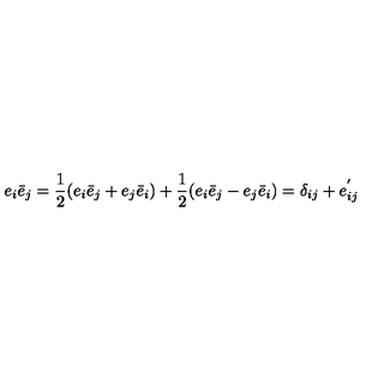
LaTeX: e _ { i } \bar { e } _ { j } = \frac { 1 } { 2 } ( e _ { i } \bar { e } _ { j } + e _ { j } \bar { e } _ { i } ) + \frac { 1 } { 2 } ( e _ { i } \bar { e } _ { j } - e _ { j } \bar { e } _ { i } ) = \delta _ { i j } + e _ { i j } ^ { ' }